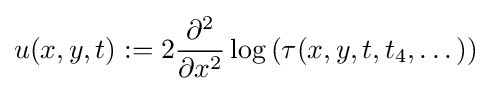
u(x,y,t):=2{\frac {\partial ^{2}}{\partial x^{2}}}\log \left(\tau (x,y,t,t_{4},\dots )\right)